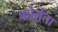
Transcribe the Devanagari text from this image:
फोमेंता